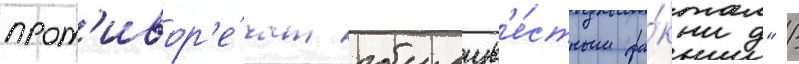
прот'ивор'е́чат общеизв'е́стным фа́ктам" /